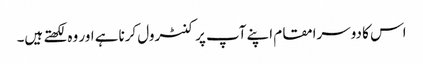
اس کا دوسرامقام اپنے آپ پر کنٹرول کرناہے اور وہ لکھتے ہیں۔